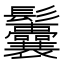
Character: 𩰉